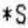
*S